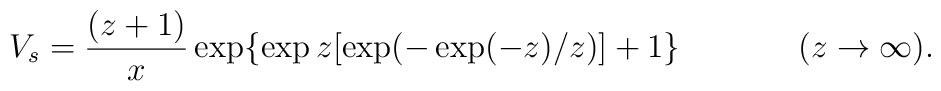
V_s = \frac{(z+1)}{x}\exp\{\exp z[\exp (-\exp (-z)/z)] + 1\}          \hspace{1.5cm}(z\rightarrow\infty ).